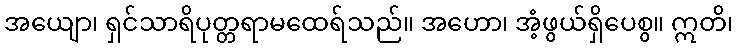
အယျော၊ ရှင်သာရိပုတ္တရာမထေရ်သည်။ အဟော၊ အံ့ဖွယ်ရှိပေစွ။ ဣတိ၊